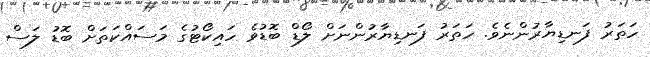
ހަތަރު ފަނޑިޔާރުންނެވެ. ހަތަރު ފަނޑިޔާރުންނަށް ލޯޑް ބޮޑުވެ ހައިކޯޓުގެ މަސައްކަތަށް ބޮޑު ލަސް